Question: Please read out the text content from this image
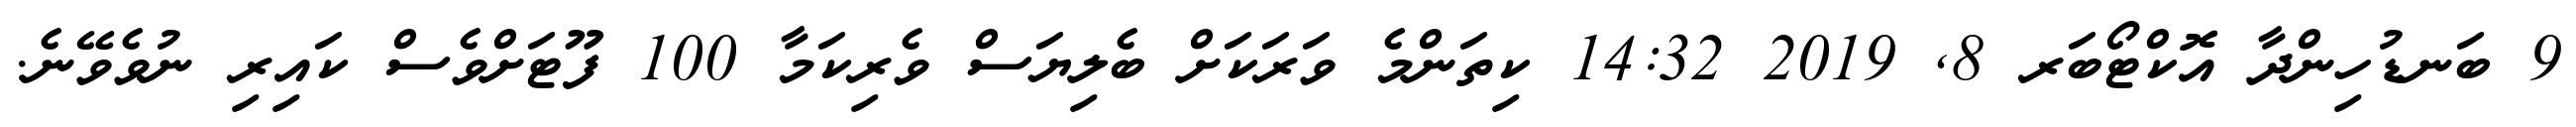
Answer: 9 ބަނޑުހިންދާ އޮކްޓޯބަރ 8, 2019 14:32 ކިތަންމެ ވަރަކަށް ބެލިޔަސް ވެރިކަމާ 100 ފޫޓަށްވެސް ކައިރި ނުވެވޭނެ.